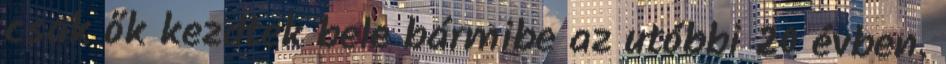
csak ők kezdtek bele bármibe az utóbbi 20 évben.